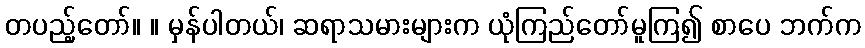
တပည့်တော်။ ။ မှန်ပါတယ်၊ ဆရာသမားများက ယုံကြည်တော်မူကြ၍ စာပေ ဘက်က